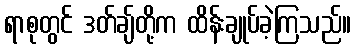
ရာစုတွင် ဒတ်ချ်တို့က ထိန်းချုပ်ခဲ့ကြသည်။